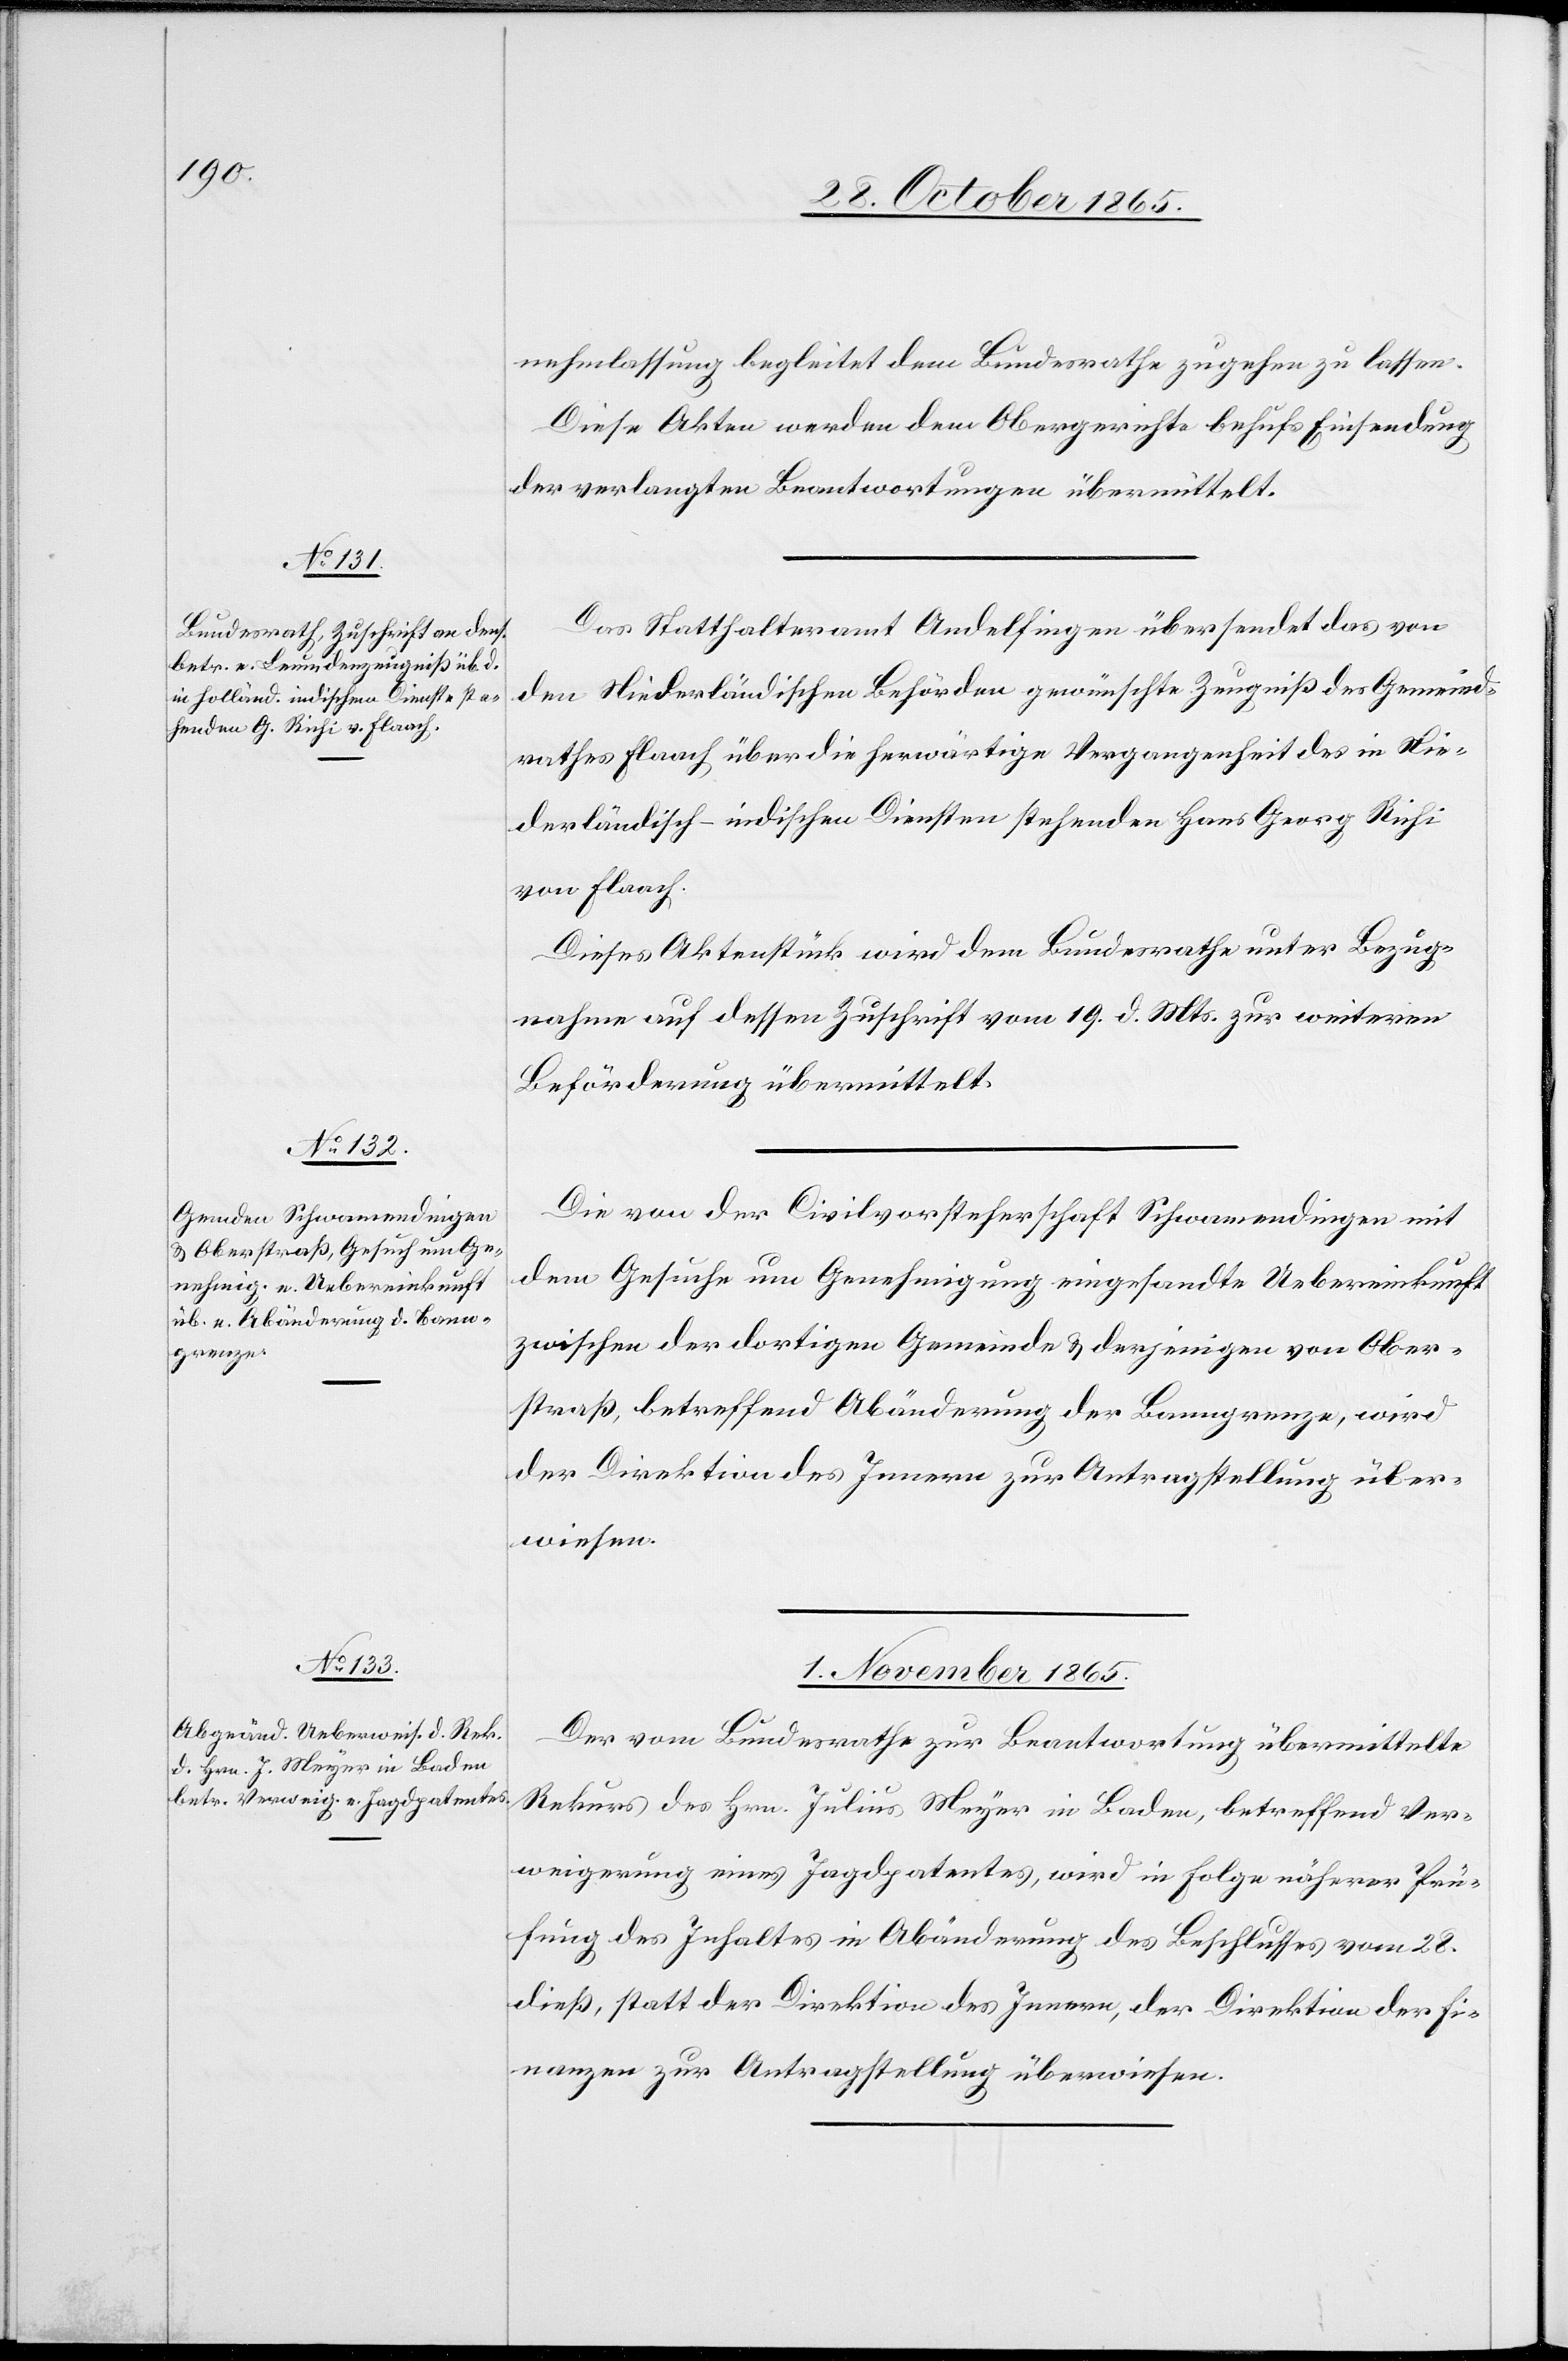
31. October 1865.]
nehmlassung begleitet dem Bundesrathe zugehen zu lassen.
Diese Akten werden dem Obergerichte behufs Einsendung
der verlangten Beantwortungen übermittelt.
Das Statthalteramt Andelfingen übersendet das von
den Niederländischen Behörden gewünschte Zeugniß des Gemeind¬
rathes Flaach über die herwärtige Vergangenheit des in Nie¬
derländisch-indischen Diensten stehenden Hans Georg Richi
von Flaach.
Dieses Aktenstück wird dem Bundesrathe unter Bezug¬
nahme auf dessen Zuschrift vom 19. d. Mts. zur weiteren
Beförderung übermittelt.
Die von der Civilvorsteherschaft Schwamendingen mit
dem Gesuche um Genehmigung eingesandte Uebereinkunft
zwischen der dortigen Gemeinde & derjenigen von Ober¬
straß, betreffend Abänderung der Banngrenze, wird
der Direktion des Innern zur Antragstellung über¬
wiesen.
1. November 1865.
Der vom Bundesrathe zur Beantwortung übermittelte
Rekurs des Hrn. Julius Meyer in Baden, betreffend Ver¬
weigerung eines Jagdpatentes, wird in Folge näherer Prü¬
fung des Inhaltes in Abänderung des Beschlusses vom 28.
dieß, statt der Direktion des Innern, der Direktion der Fi¬
nanzen zur Antragstellung überwiesen.